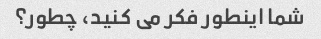
شما اینطور فکر می کنید، چطور؟